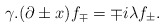
\begin{align*}\gamma.(\partial \pm x)f_\mp = \mp i\lambda f_\pm.\end{align*}